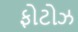
ફોટોઝ